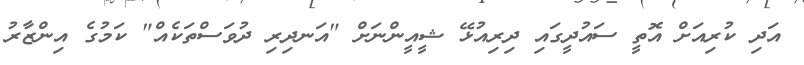
އަދި ކުރިއަށް އޮތީ ސައުދީގައި ދިރިއުޅޭ ޝީއީންނަށް "އަނދިރި ދުވަސްތަކެއް" ކަމުގެ އިންޒާރު